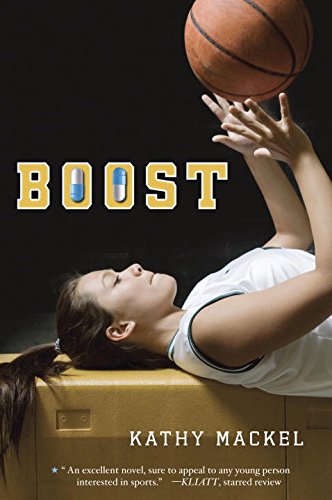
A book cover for Boost; Kathy Mackel; Teen & Young Adult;